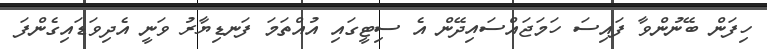
ހިފަން ބޭނުންވާ ފައިސަ ހަމަޖައްސައިދޭން އެ ސިޓީގައި އުއްތަމަ ފަނޑިޔާރު ވަނީ އެދިވަޑައިގެންފަ